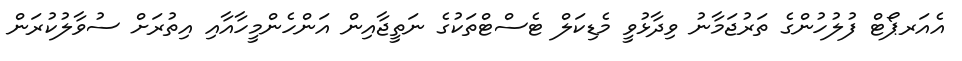
އެއަރޕޯޓް ފުލުހުންގެ ތަރުޖަމާނު ވިދާޅުވީ މެޑިކަލް ޓެސްޓްތަކުގެ ނަތީޖާއިން އަންހެންމީހާއާއި އިތުރަށް ސުވާލުކުރަން